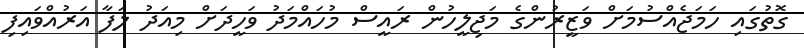
ގޮތުގައި ހަމަޖެއްސުމަށް ވަޒީރުންގެ މަޖިލީހުން ރައީސް މުހައްމަދު ވަހީދަށް މިއަދު ލަފާ އަރުއްވައިފި